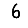
Digit: 6